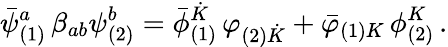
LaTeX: {{\bar{\psi}}_{(1)}^{a}}\, \beta_{ab}\psi_{(2)}^{b}={{\bar{\phi}}_{(1)}^{\dot{K}}}\, \varphi_{(2){\dot{K}}}+{{\bar{\varphi}}_{(1)K}}\, \phi_{(2)}^{K}\, .